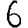
Digit: 6